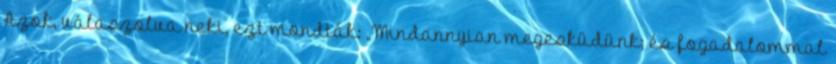
Azok, válaszolva neki, ezt mondták: „Mindannyian megesküdünk; és fogadalommal